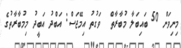
މިނިވަން 50 ބައިބަލާ މުބާރާތް  ވަގުތު އިމޭޖަސް: އަބްދު އަބީދު މިމުބާރާތުގެ